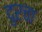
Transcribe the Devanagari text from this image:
दुरचा